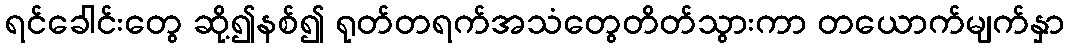
ရင်ခေါင်းတွေ ဆို့၍နစ်၍ ရုတ်တရက်အသံတွေတိတ်သွားကာ တယောက်မျက်နှာ